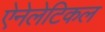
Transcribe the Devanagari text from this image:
ऐनेलेटिकल